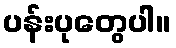
ပန်းပုတွေပါ။